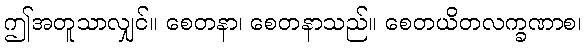
ဤအတူသာလျှင်။ စေတနာ၊ စေတနာသည်။ စေတယိတလက္ခဏာစ၊